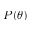
P ( \theta )